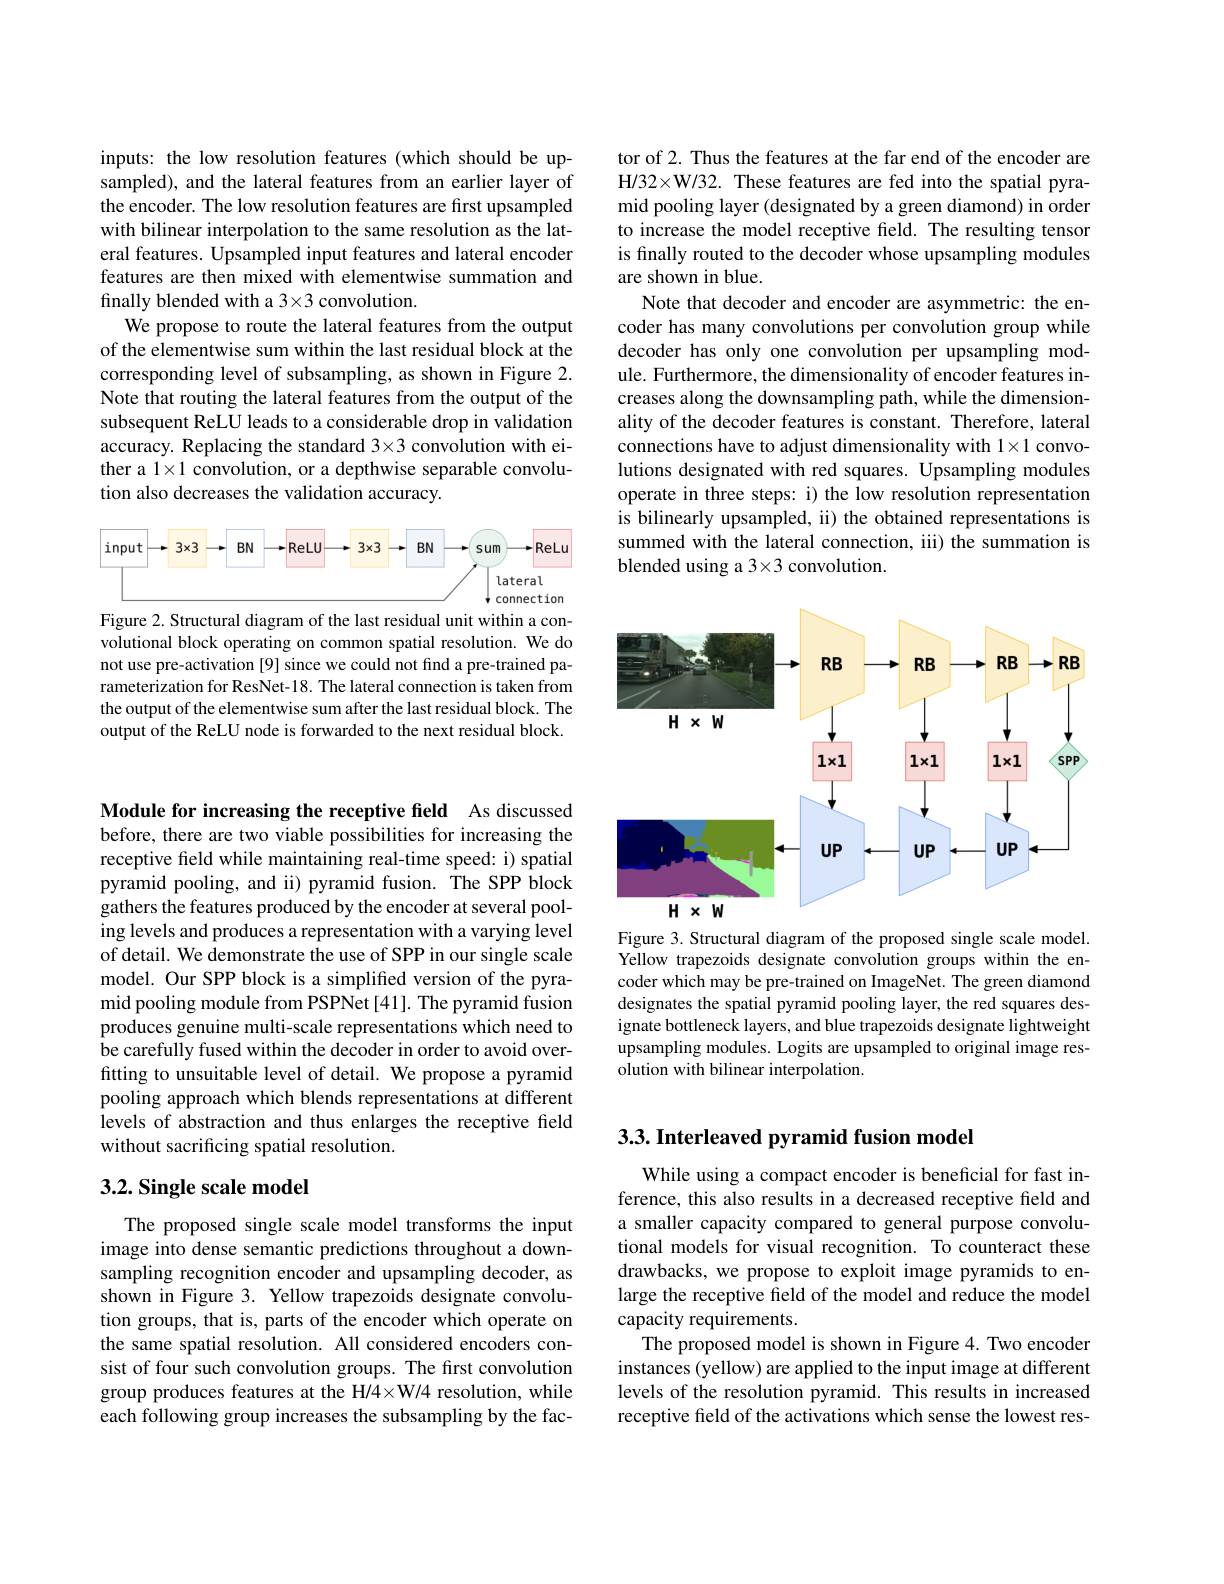
inputs: the low resolution features (which should be upsampled), and the lateral features from an earlier layer of the encoder. The low resolution features are first upsampled with bilinear interpolation to the same resolution as the lateral features. Upsampled input features and lateral encoder features are then mixed with elementwise summation and finally blended with a 3×3 convolution.
We propose to route the lateral features from the output of the elementwise sum within the last residual block at the corresponding level of subsampling, as shown in Figure 2. Note that routing the lateral features from the output of the subsequent ReLU leads to a considerable drop in validation accuracy. Replacing the standard 3×3 convolution with either a $1\times1$ convolution, or a depthwise separable convolution also decreases the validation accuracy.

<FigureHere>

Figure 2. Structural diagram of the last residual unit within a convolutional block operating on common spatial resolution. We do not use pre-activation [9] since we could not find a pre-trained parameterization for ResNet-18. The lateral connection is taken from the output of the elementwise sum after the last residual block. The output of the ReLU node is forwarded to the next residual block.

tor of 2. Thus the features at the far end of the encoder are H/32×W/32. These features are fed into the spatial pyramid pooling layer (designated by a green diamond) in order to increase the model receptive field. The resulting tensor is finally routed to the decoder whose upsampling modules are shown in blue.
Note that decoder and encoder are asymmetric: the encoder has many convolutions per convolution group while decoder has only one convolution per upsampling module. Furthermore, the dimensionality of encoder features increases along the downsampling path, while the dimensionality of the decoder features is constant. Therefore, lateral connections have to adjust dimensionality with 1×1 convolutions designated with red squares. Upsampling modules operate in three steps: i) the low resolution representation is bilinearly upsampled, ii) the obtained representations is summed with the lateral connection, iii) the summation is blended using a 3×3 convolution.

<FigureHere>

Figure 3. Structural diagram of the proposed single scale model. Yellow trapezoids designate convolution groups within the encoder which may be pre-trained on ImageNet. The green diamond designates the spatial pyramid pooling layer, the red squares designate bottleneck layers, and blue trapezoids designate lightweight upsampling modules. Logits are upsampled to original image resolution with bilinear interpolation.

Module for increasing the receptive field As discussed before, there are two viable possibilities for increasing the receptive field while maintaining real-time speed: i) spatial pyramid pooling, and ii) pyramid fusion. The SPP block gathers the features produced by the encoder at several pooling levels and produces a representation with a varying level of detail. We demonstrate the use of SPP in our single scale model. Our SPP block is a simplified version of the pyramid pooling module from PSPNet [41]. The pyramid fusion produces genuine multi-scale representations which need to be carefully fused within the decoder in order to avoid overfitting to unsuitable level of detail. We propose a pyramid pooling approach which blends representations at different levels of abstraction and thus enlarges the receptive field without sacrificing spatial resolution.

## $3. 2. \textbf{Single scale model}$

The proposed single scale model transforms the input image into dense semantic predictions throughout a downsampling recognition encoder and upsampling decoder, as shown in Figure 3. Yellow trapezoids designate convolution groups, that is, parts of the encoder which operate on the same spatial resolution. All considered encoders consist of four such convolution groups. The first convolution group produces features at the H/4×W/4 resolution, while each following group increases the subsampling by the fac-

## 3.3. Interleaved pyramid fusion model

While using a compact encoder is beneficial for fast inference, this also results in a decreased receptive field and a smaller capacity compared to general purpose convolutional models for visual recognition. To counteract these drawbacks, we propose to exploit image pyramids to enlarge the receptive field of the model and reduce the model capacity requirements.
The proposed model is shown in Figure 4. Two encoder instances (yellow) are applied to the input image at different levels of the resolution pyramid. This results in increased receptive field of the activations which sense the lowest res-